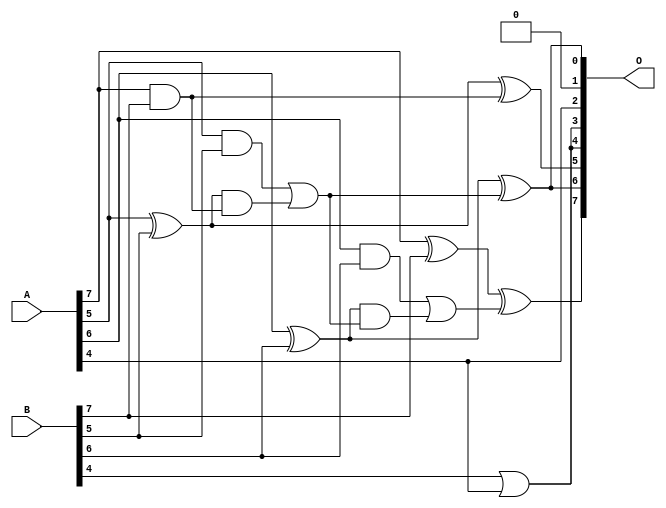
// This program was cloned from: https://github.com/ehw-fit/evoapproxlib
// License: MIT License

/***
* This code is a part of EvoApproxLib library (ehw.fit.vutbr.cz/approxlib) distributed under The MIT License.
* When used, please cite the following article(s): V. Mrazek, L. Sekanina, Z. Vasicek "Libraries of Approximate Circuits: Automated Design and Application in CNN Accelerators" IEEE Journal on Emerging and Selected Topics in Circuits and Systems, Vol 10, No 4, 2020 
* This file contains a circuit from a sub-set of pareto optimal circuits with respect to the pwr and mse parameters
***/
// MAE% = 10.08 %
// MAE = 13 
// WCE% = 35.16 %
// WCE = 45 
// WCRE% = 1650.00 %
// EP% = 97.84 %
// MRE% = 49.43 %
// MSE = 240 
// PDK45_PWR = 0.013 mW
// PDK45_AREA = 31.4 um2
// PDK45_DELAY = 0.27 ns

module add8s_70S (
    A,
    B,
    O
);

input [7:0] A;
input [7:0] B;
output [7:0] O;

wire sig_34,sig_36,sig_38,sig_39,sig_40,sig_41,sig_42,sig_43,sig_44,sig_45,sig_46,sig_47,sig_48,sig_49;

assign sig_34 = A[7] & B[7];
assign sig_36 = B[4] | A[4];
assign sig_38 = A[5] ^ B[5];
assign sig_39 = A[5] & B[5];
assign sig_40 = sig_38 & sig_34;
assign sig_41 = sig_38 ^ sig_34;
assign sig_42 = sig_39 | sig_40;
assign sig_43 = A[6] ^ B[6];
assign sig_44 = A[6] & B[6];
assign sig_45 = sig_43 & sig_42;
assign sig_46 = sig_43 ^ sig_42;
assign sig_47 = sig_44 | sig_45;
assign sig_48 = A[7] ^ B[7];
assign sig_49 = sig_48 ^ sig_47;

assign O[7] = sig_49;
assign O[6] = sig_46;
assign O[5] = sig_41;
assign O[4] = sig_36;
assign O[3] = sig_36;
assign O[2] = A[4];
assign O[1] = 1'b0;
assign O[0] = sig_46;

endmodule